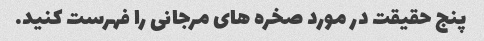
پنج حقیقت در مورد صخره های مرجانی را فهرست کنید.